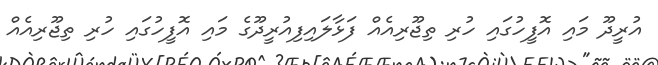
އުރީދޫ މައި އޮފީހުގައި ހުރި ތިޖޫރިއެއް ފަޅާލައިފިއުރީދޫގެ މައި އޮފީހުގައި ހުރި ތިޖޫރިއެއް